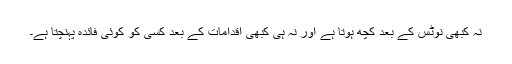
نہ کبھی نوٹس کے بعد کچھ ہوتا ہے اور نہ ہی کبھی اقدامات کے بعد کسی کو کوئی فائدہ پہنچتا ہے۔